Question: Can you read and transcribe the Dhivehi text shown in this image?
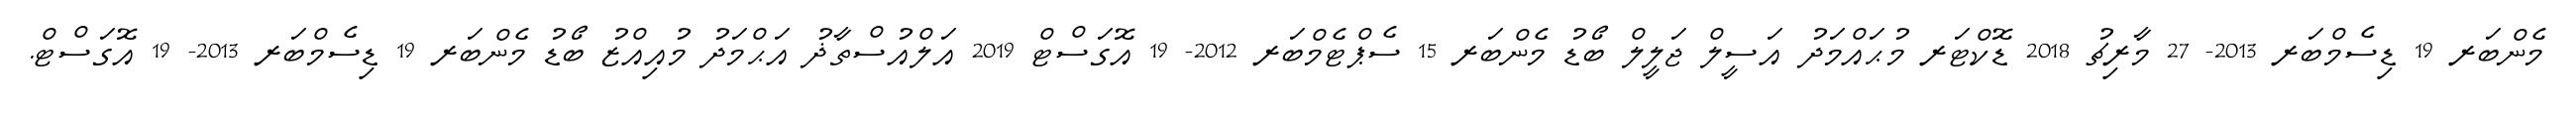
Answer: މެންބަރ 19 ޑިސެމްބަރ 2013- 27 މާރިޗު 2018 ޑޮކްޓަރ މުޙައްމަދު އަސީލް ޖަލީލް ބޯޑު މެންބަރ 15 ސެޕްޓެމްބަރ 2012- 19 އޮގަސްޓް 2019 އަލްއުސްތާޛު އަޙްމަދު މުއިއްޒު ބޯޑު މެންބަރ 19 ޑިސެމްބަރ 2013- 19 އޮގަސްޓް.